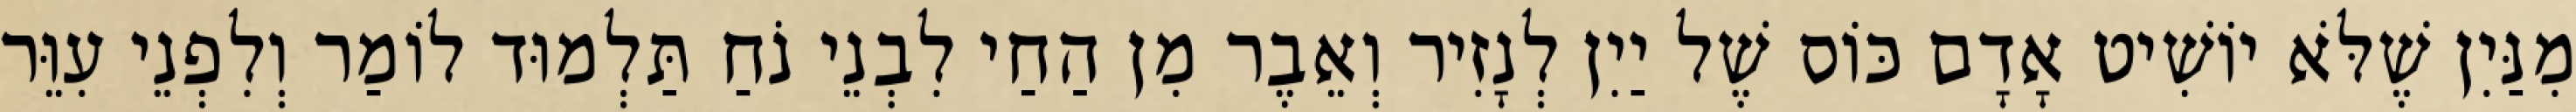
מִנַּיִן שֶׁלֹּא יוֹשִׁיט אָדָם כּוֹס שֶׁל יַיִן לְנָזִיר וְאֵבֶר מִן הַחַי לִבְנֵי נֹחַ תַּלְמוּד לוֹמַר וְלִפְנֵי עִוֵּר